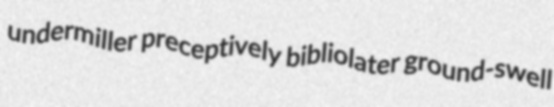
undermiller preceptively bibliolater ground-swell